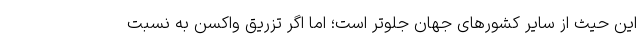
این حیث از سایر کشورهای جهان جلوتر است؛ اما اگر تزریق واکسن به نسبت